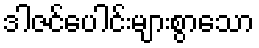
ဒါဇင်ပေါင်းများစွာသော